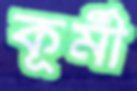
কূর্মী